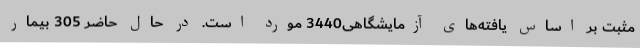
مثبت بر اساس یافته‌های آزمایشگاهی3440 مورد است. در حال حاضر 305 بیمار